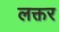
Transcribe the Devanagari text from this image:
लक्तर